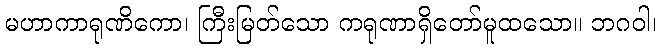
မဟာကာရုဏိကော၊ ကြီးမြတ်သော ကရုဏာရှိတော်မူထသော။ ဘဂဝါ၊